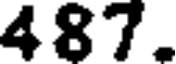
487.